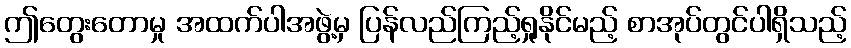
ဤတွေးတောမှု အထက်ပါအဖွဲ့မှ ပြန်လည်ကြည့်ရှုနိုင်မည့် စာအုပ်တွင်ပါရှိသည့်